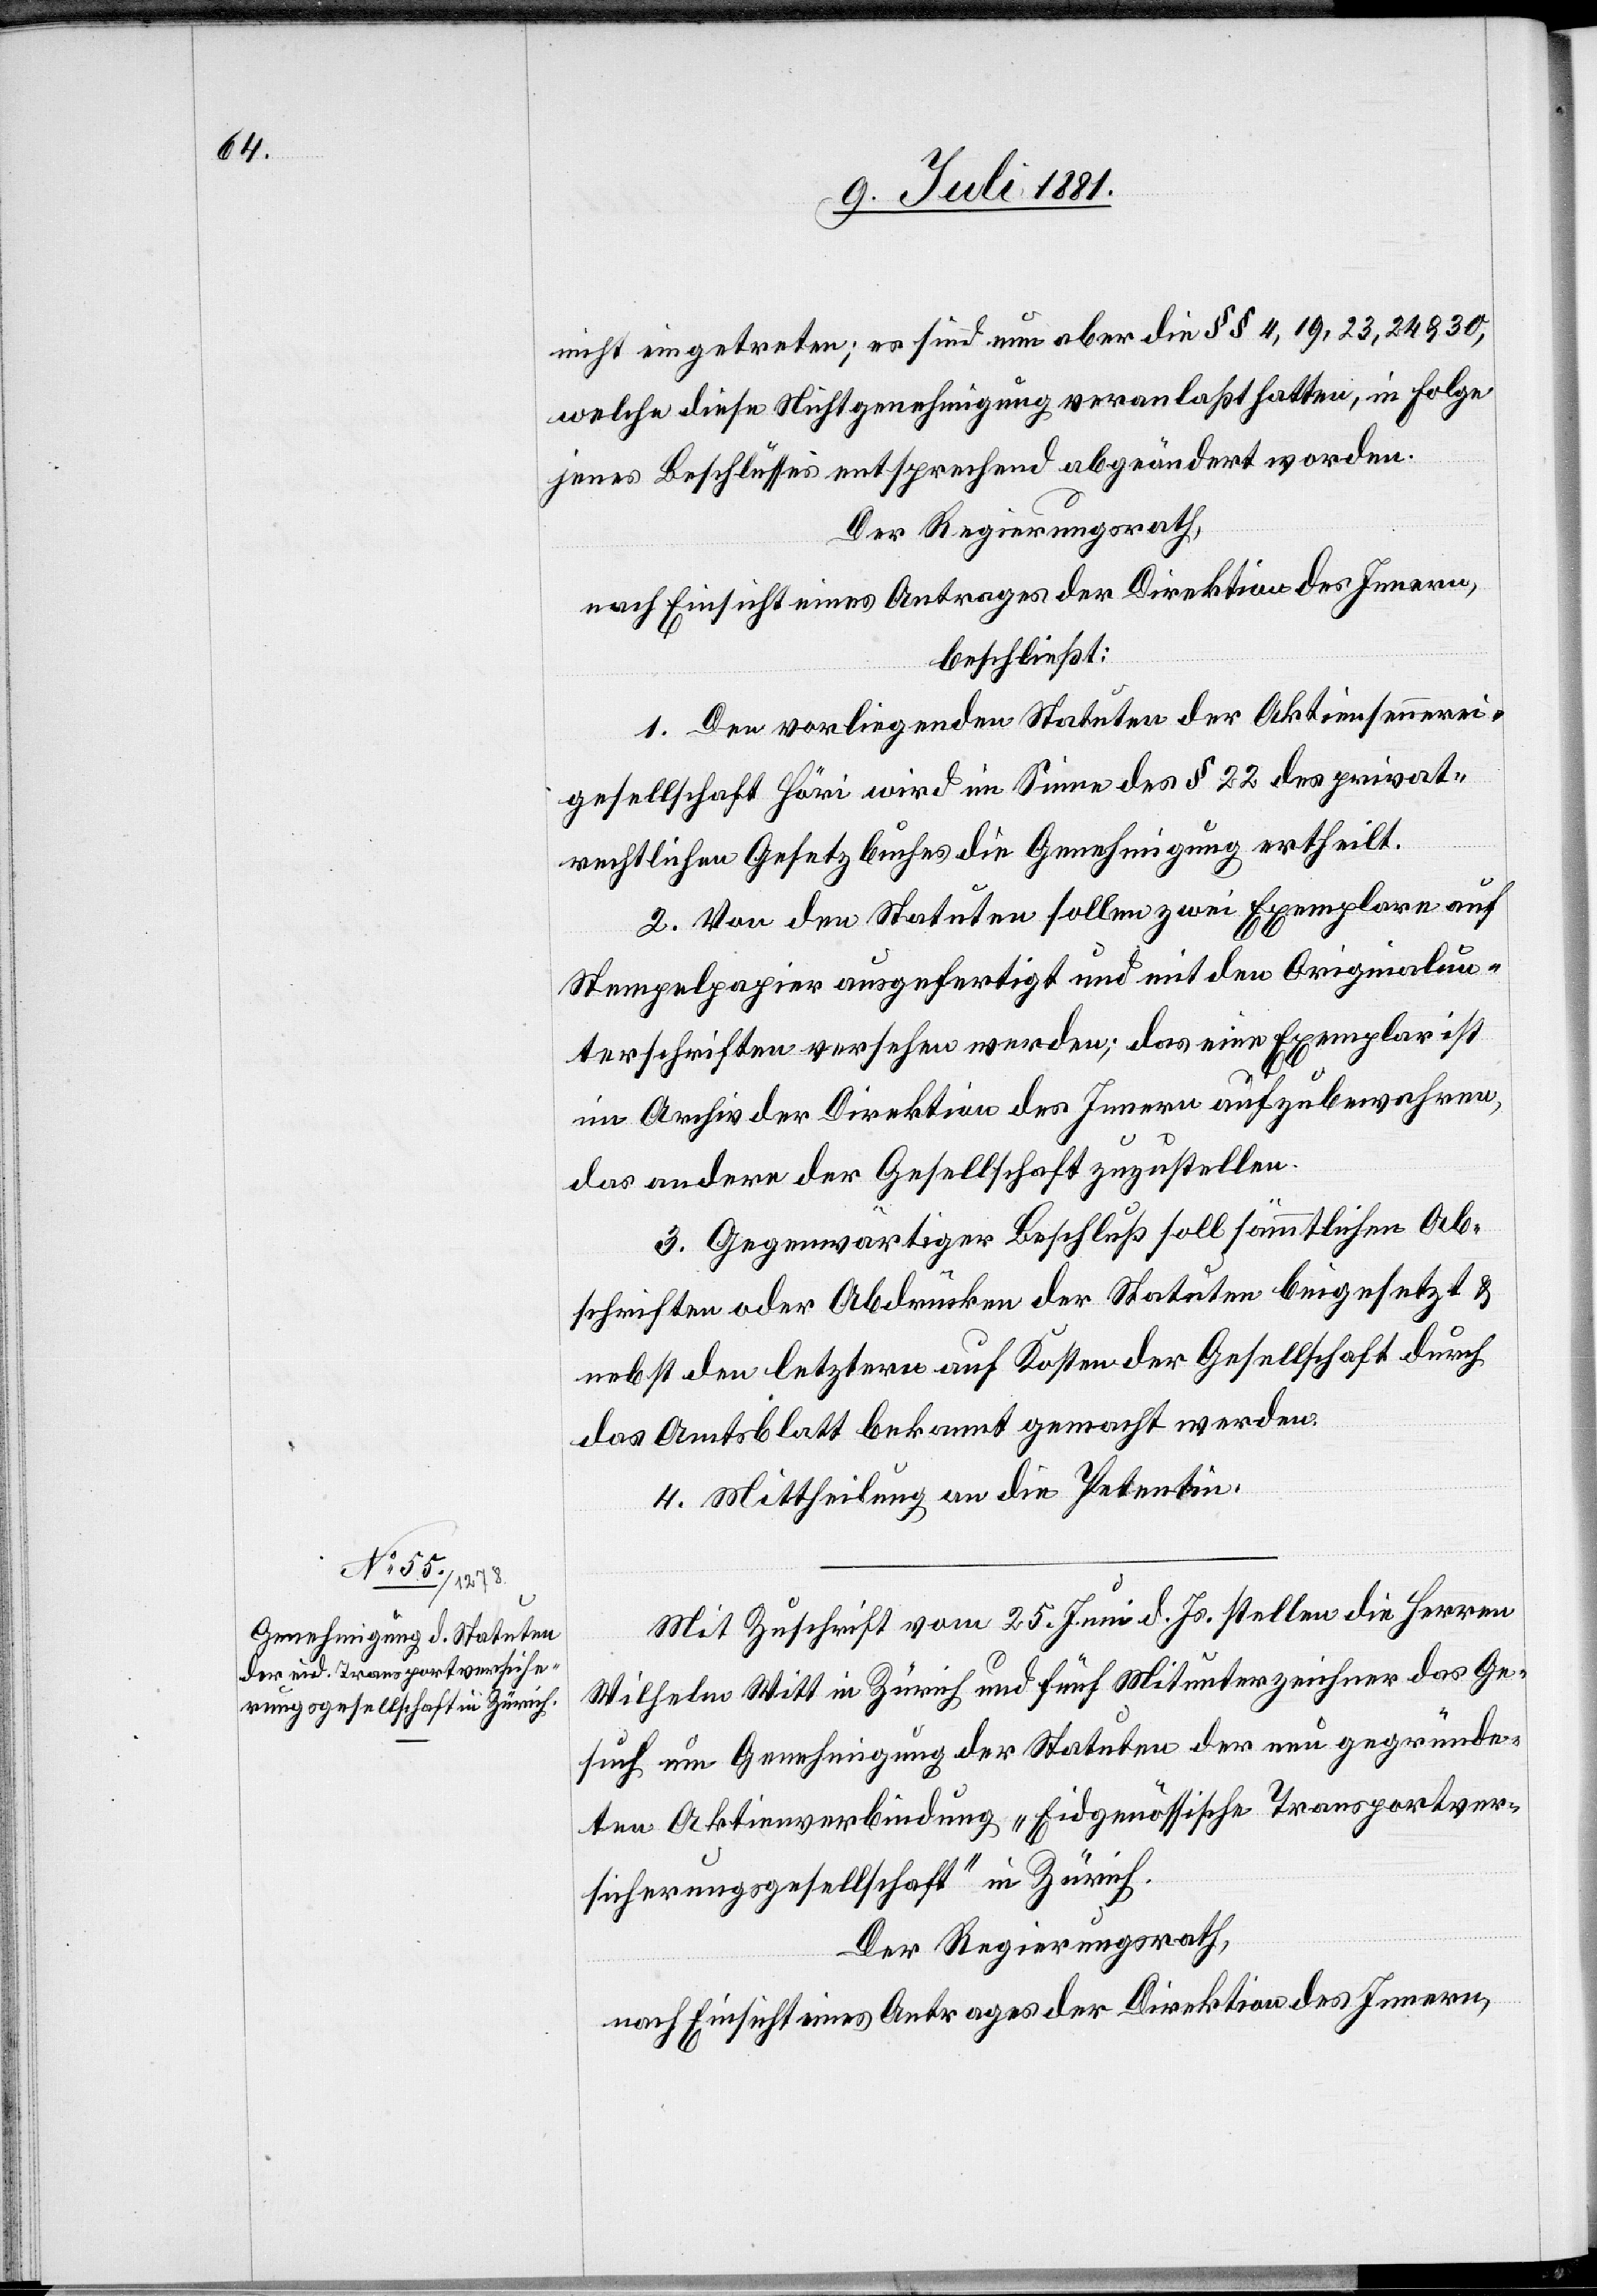
nicht eingetreten; es sind nun aber die §§ 4, 19, 23, 24 &30,
welche diese Nichtgenehmigung veranlaßt hatten, in Folge
jenes Beschlusses entsprechend abgeändert worden.
Der Regierungsrath,
nach Einsicht eines Antrages der Direktion des Innern,
beschließt:
1. Den vorliegenden Statuten der Aktiensennerei¬
gesellschaft Höri wird im Sinne des § 22 des privat¬
rechtlichen Gesetzbuches die Genehmigung ertheilt.
2. Von den Statuten sollen zwei Exemplare auf
Stempelpapier ausgefertigt und mit den Originalun¬
terschriften versehen werden; das eine Exemplar ist
im Archiv der Direktion des Innern aufzubewahren,
das andere der Gesellschaft zuzustellen.
3. Gegenwärtiger Beschluß soll sämmtlichen Ab¬
schriften oder Abdrücken der Statuten beigesetzt &
nebst den letzern auf Kosten der Gesellschaft durch
das Amtsblatt bekannt gemacht werden.
4. Mittheilung an die Petentin.
Mit Zuschrift vom 25. Juni d. Js. stellen die Herren
Wilhelm Witt in Zürich und fünf Mitunterzeichner das Ge¬
such um Genehmigung der Statuten der neu gegründe¬
ten Aktienverbindung „Eidgenössische Transportver¬
sicherungsgesellschaft“ in Zürich.
Der Regierungsrath,
nach Einsicht eines Antrages der Direktion des Innern,